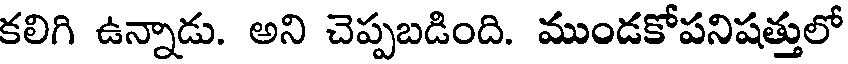
కలిగి ఉన్నాడు. అని చెప్పబడింది. ముండకోపనిషత్తులో